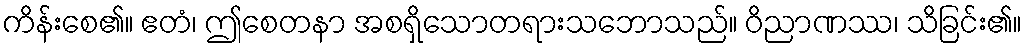
ကိန်းစေ၏။ ဧတံ၊ ဤစေတနာ အစရှိသောတရားသဘောသည်။ ဝိညာဏဿ၊ သိခြင်း၏။